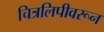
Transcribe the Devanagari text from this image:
चित्रलिपीवरून